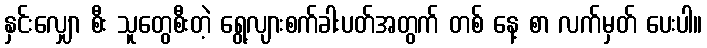
နှင်းလျှော စီး သူတွေစီးတဲ့ ရွေ့လျားစက်ခါးပတ်အတွက် တစ် နေ့ စာ လက်မှတ် ပေးပါ။